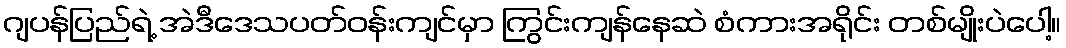
ဂျပန်ပြည်ရဲ့ အဲဒီဒေသပတ်ဝန်းကျင်မှာ ကြွင်းကျန်နေဆဲ စံကားအရိုင်း တစ်မျိုးပဲပေါ့။